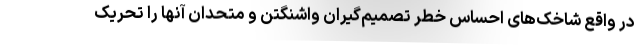
در واقع شاخک‌های احساس خطر تصمیم‌گیران واشنگتن و متحدان آنها را تحریک